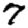
Digit: 7